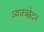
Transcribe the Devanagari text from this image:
व्यवच्छेदन